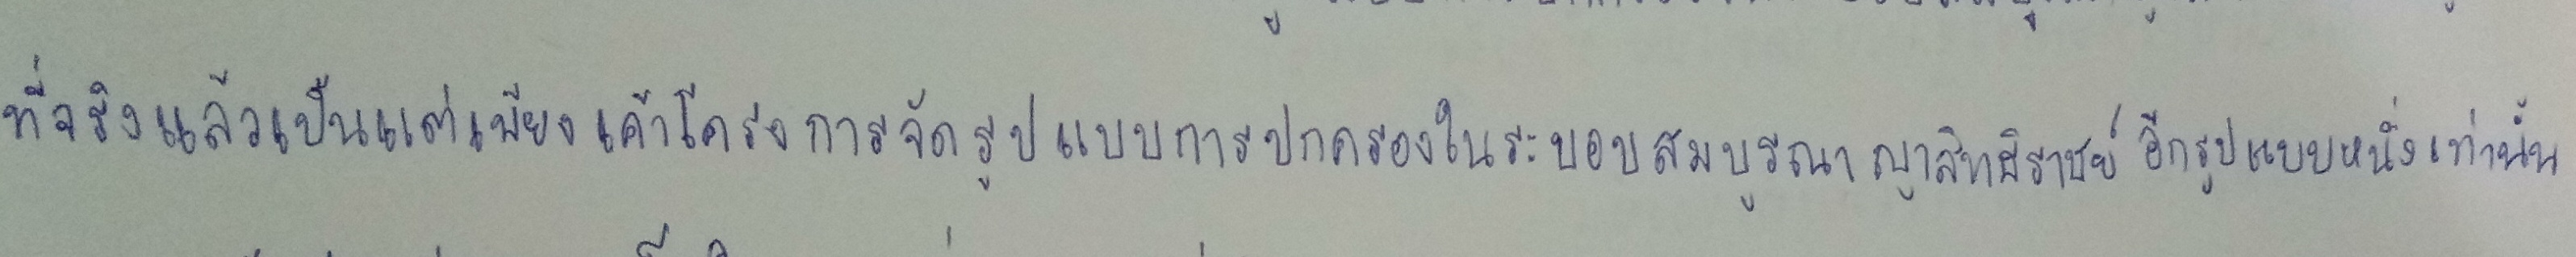
ที่จริงแล้วเป็นแต่เพียงเค้าโครงการจัดรูปแบบการปกครองในระบอบสมบูรณาญาสิทธิราชย์อีกรูปแบบหนึ่งเท่านั้น